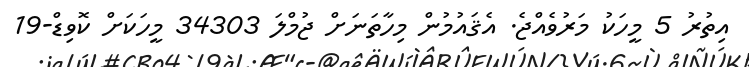
އިތުރު 5 މީހަކު މަރުވެއްޖެ. އެޤައުމުން މިހާތަނަށް ޖުމްލަ 34303 މީހަކަށް ކޮވިޑް-19